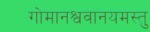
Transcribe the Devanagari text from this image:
गोमानश्ववानयमस्तु